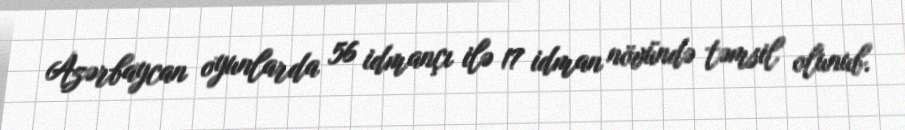
Azərbaycan oyunlarda 56 idmançı ilə 17 idman növündə təmsil olunub.